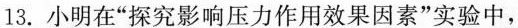
13.小明在”探究影响压力作用效果因素”实验中，